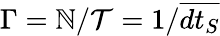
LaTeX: \Gamma=\mathbb{N}/\mathcal{{T}}=1/\overline{{{dt_{S}}}}